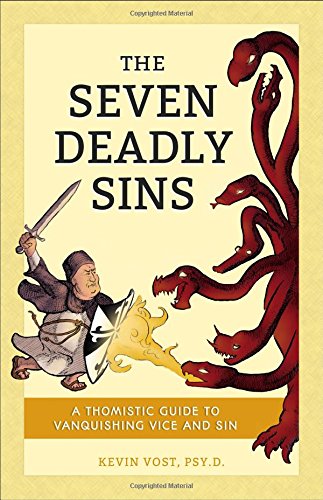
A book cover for Seven Deadly Sins; Kevin Vost; Christian Books & Bibles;